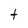
Character: t